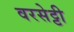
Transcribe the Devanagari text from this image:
वरसेट्टी